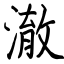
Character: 澈